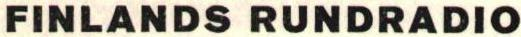
FINLANDS RUNDRADIO